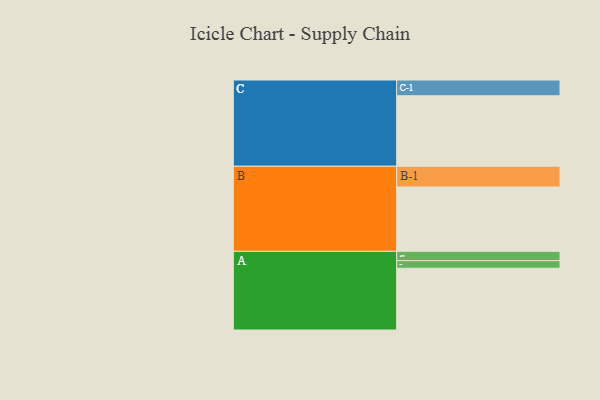
{"axis": {"x": "Segment", "y": "Value"}, "legend": ["", "A", "B", "C"], "data": [{"x": "A", "y": 423, "type": ""}, {"x": "B", "y": 441, "type": ""}, {"x": "C", "y": 483, "type": ""}, {"x": "A-1", "y": 64, "type": "A"}, {"x": "A-2", "y": 52, "type": "A"}, {"x": "B-1", "y": 142, "type": "B"}, {"x": "C-1", "y": 108, "type": "C"}]}